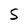
Character: S